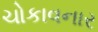
ચોકાવનાર